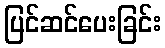
ပြင်ဆင်ပေးခြင်း